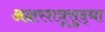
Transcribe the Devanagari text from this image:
अक्षरशत्रूसुद्धा